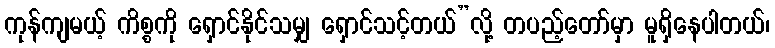
ကုန်ကျမယ့် ကိစ္စကို ရှောင်နိုင်သမျှ ရှောင်သင့်တယ်”လို့ တပည့်တော်မှာ မူရှိနေပါတယ်၊